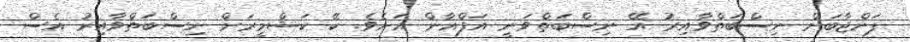
ޕަންޖާބަށް ނިސްބަތްވާއިރު އޭ ނިސްބަތްވަނީ އަފްޣާން އަށެވެ. ކޭ ކަޝްމީރަށް ނިސްބަތްވާއިރު އެސް